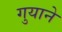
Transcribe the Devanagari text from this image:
गुयाने